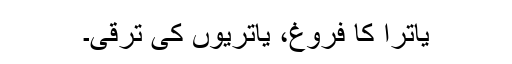
یاترا کا فروغ، یاتریوں کی ترقی۔